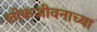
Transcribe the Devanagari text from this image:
लोकजीवनाच्या